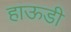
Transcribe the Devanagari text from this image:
हाऊडी